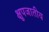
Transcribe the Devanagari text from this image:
क्षुपजातीय